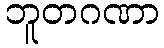
ဘူတဂဏာ